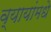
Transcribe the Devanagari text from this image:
व्यायांमधे